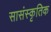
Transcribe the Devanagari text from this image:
सासंस्कृतिक